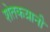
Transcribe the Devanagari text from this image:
शेतकय्रानी